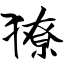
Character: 獠